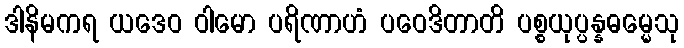
ဒါနိမကရ ယဒေဝ ဝါမော ပရိဏာဟံ ပဝေဒိတာတိ ပစ္စယုပ္ပန္နဓမ္မေသု